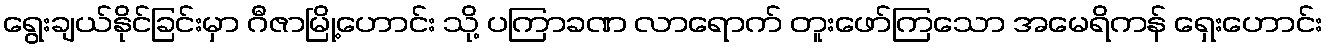
ရွေးချယ်နိုင်ခြင်းမှာ ဂီဇာမြို့ဟောင်း သို့ ပကြာခဏ လာရောက် တူးဖော်ကြသော အမေရိကန် ရှေးဟောင်း